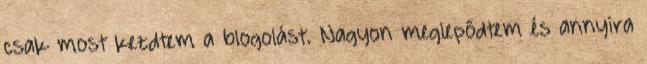
csak most kezdtem a blogolást. Nagyon meglepődtem és annyira